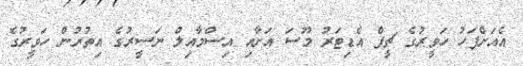
އެއަށްފަހު ހަވީރުގެ ޗީފް އެޑިޓަރު މޫސަ އަށާއި އިސްމާއިލް ނަސީރުގެ އިތުރުން ހަވީރުގެ